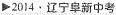
2014·辽宁皁新中考